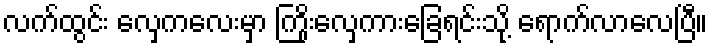
လက်ထွင်း လှေကလေးမှာ ကြိုးလှေကားခြေရင်းသို့ ရောက်လာလေပြီ။